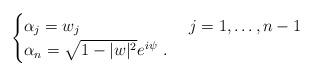
LaTeX: \begin{align*} \begin{cases} \alpha_j=w_j&\ j=1,\dots,n-1\\ \alpha_n=\sqrt{1-|w|^2} e^{i\psi}\ .& \end{cases}\end{align*}